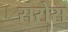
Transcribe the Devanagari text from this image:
सरोस